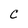
Character: C